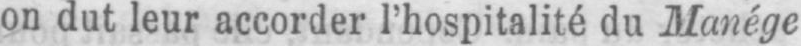
on dut leur accorder l’hospitalité du Manége